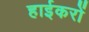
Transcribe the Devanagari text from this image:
हाईकरों